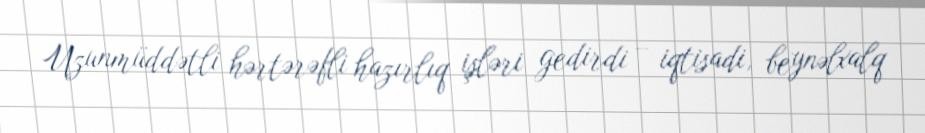
Uzunmüddətli hərtərəfli hazırlıq işləri gedirdi – iqtisadi, beynəlxalq